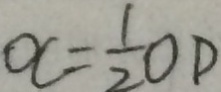
x = \frac { 1 } { 2 } O D